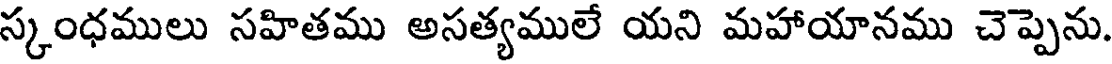
స్కంధములు సహితము అసత్యములే యని మహాయానము చెప్పెను.